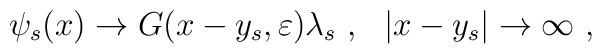
\psi_s(x) \rightarrow G(x-y_s,\varepsilon) \lambda_s~, ~~|x-y_s|\rightarrow \infty~,~